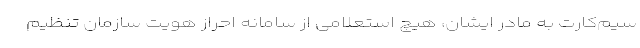
سیم‌کارت به مادر ایشان، هیچ استعلامی از سامانه احراز هویت سازمان تنظیم